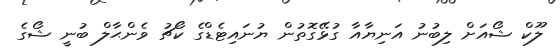
ލޫކް ޝޯއަށް ލިބުނު އަނިޔާއާ ގުޅޭގޮތުން ޔުނައިޓެޑްގެ ކޯޗު ވެންޙާލް ބުނީ ޝޯގެ